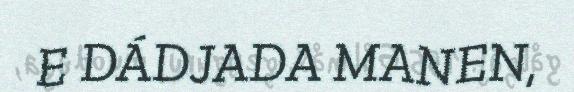
E DÁDJADA MANEN,